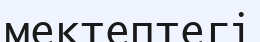
мектептегі